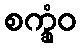
စက္ခုံဝ